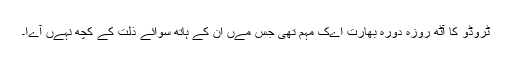
ٹروڈو کا آٹھ روزہ دورہ بھارت اےک مہم تھی جس مےں ان کے ہاتھ سوائے ذلت کے کچھ نہےں آےا۔